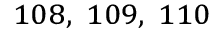
^ { 1 0 8 , ~ 1 0 9 , ~ 1 1 0 }